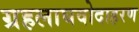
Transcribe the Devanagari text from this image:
ग्रहलाघवोदाहरण